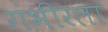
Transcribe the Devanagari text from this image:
गंभीरला